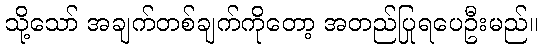
သို့သော် အချက်တစ်ချက်ကိုတော့ အတည်ပြုရပေဦးမည်။